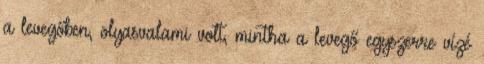
a levegőben, olyasvalami volt, mintha a levegő egyszerre vízé